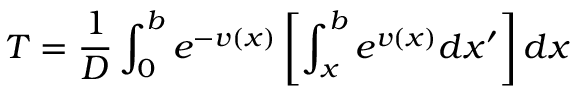
T = \frac { 1 } { D } \int _ { 0 } ^ { b } e ^ { - v ( x ) } \left[ \int _ { x } ^ { b } e ^ { v ( x ) } d x ^ { \prime } \right] d x